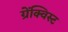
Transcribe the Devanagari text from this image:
ग्रेंक्विस्ट